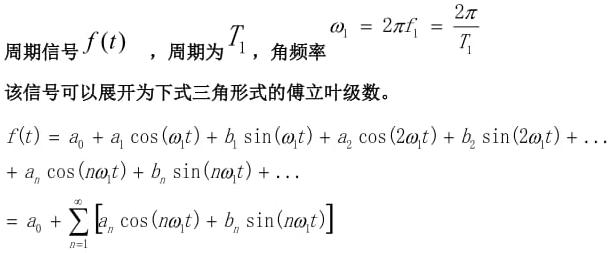
周期信号$f(t)$ ，周期为$T_1$，角频率$\omega_1 = 2\pi f_1 = \frac{2\pi}{T_1}$
该信号可以展开为下式三角形式的傅立叶级数。

$f(t) = a_0 + a_1 \cos(\omega_1 t) + b_1 \sin(\omega_1 t) + a_2 \cos(2\omega_1 t) + b_2 \sin(2\omega_1 t) + \ldots$
$+ a_n \cos(n\omega_1 t) + b_n \sin(n\omega_1 t) + \ldots$
$= a_0 + \sum_{n = 1}^{\infty} [a_n \cos(n\omega_1 t) + b_n \sin(n\omega_1 t)]$